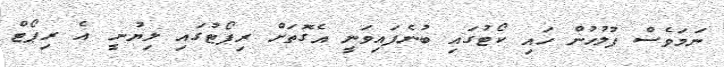
ނަމަވެސް ފުލުހުން ހައި ކޯޓުގައި ބުނެފައިވަނީ އެގޮތަށް ރިޕޯޓުގައި ލިޔުނީ އެ ރިޕޯޓް